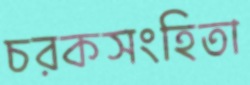
চরকসংহিতা